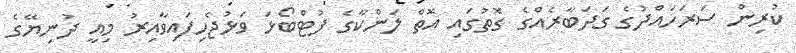
ކުރިން ސަރަހައްދުގެ ގަދަބާރެއްގެ ގޮތުގައި އޮތް ލަންކާގެ ފުޓްބޯޅަ ވަޅުޖެހިފައިވާއިރު މިއީ ދުނިޔޭގެ